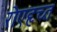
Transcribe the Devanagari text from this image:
रोएहृच्त